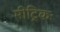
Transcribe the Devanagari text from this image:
मीट्रिकः